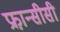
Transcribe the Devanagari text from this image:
फ्रा़न्सीसी